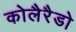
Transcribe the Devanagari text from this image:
कोलैरैडो